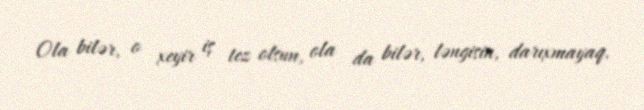
Ola bilər, o xeyir iş tez olsun, ola da bilər, ləngisin, darıxmayaq.